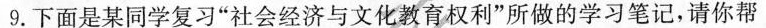
9.下面是某同学复习”社会经济与文化教育权利”所做的学习笔记，请你帮